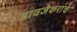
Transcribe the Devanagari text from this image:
डावजेकरांचे